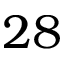
2 8